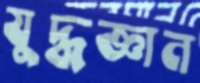
যুদ্ধজ্ঞান